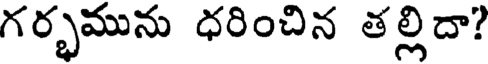
గర్భమును ధరించిన తల్లిదా?